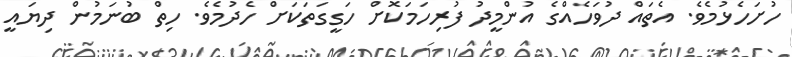
ހުށަހެޅުމެވެ. އެތައް ދުވަހެއްގެ އުންމީދު ފުރިހަމަކޮށް ހަގީގަތަކަށް ހެދުމެވެ. ހިތް ބުނަމުން ދިޔައީ